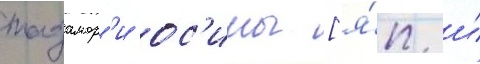
тадамор'и ос'имы [я́п. и́